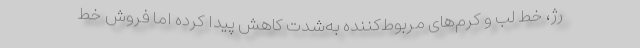
رژ، خط لب و کرم‌های مربوط‌کننده به‌شدت کاهش پیدا کرده اما فروش خط